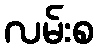
လမ်းစ